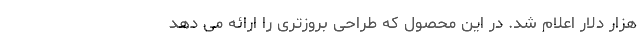
هزار دلار اعلام شد. در این محصول که طراحی بروزتری را ارائه می دهد